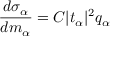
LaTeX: \frac { d \sigma _ { \alpha } } { d m _ { \alpha } } = C | t _ { \alpha } | ^ { 2 } q _ { \alpha }